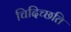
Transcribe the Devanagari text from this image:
चिदिच्छति